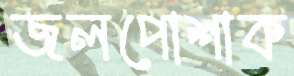
জলপোশাক